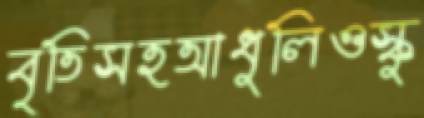
বৃতিসহআধুলিওস্কু